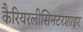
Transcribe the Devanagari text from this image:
कैरियरलीसिनटरशाइर